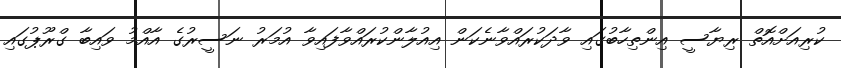
ކުރިއަށްއޮތް ރިޔާސީ އިންތިހާބުގައި ވާދަކުރައްވާނެކަން އިއުލާންކުރައްވާފައިވާ އުމަރު ނަސީރުގެ އާއްމު ވައިބާ ގްރޫޕުގައި